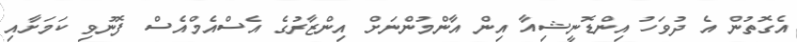
އެގޮތުން އެ ދުވަހު އިންޑޮނީޝިއާ އިން އާންމުންނަށް އިންޒާރުގެ އެސްއެމްއެސް ފޮނުވި ކަމަށާއި